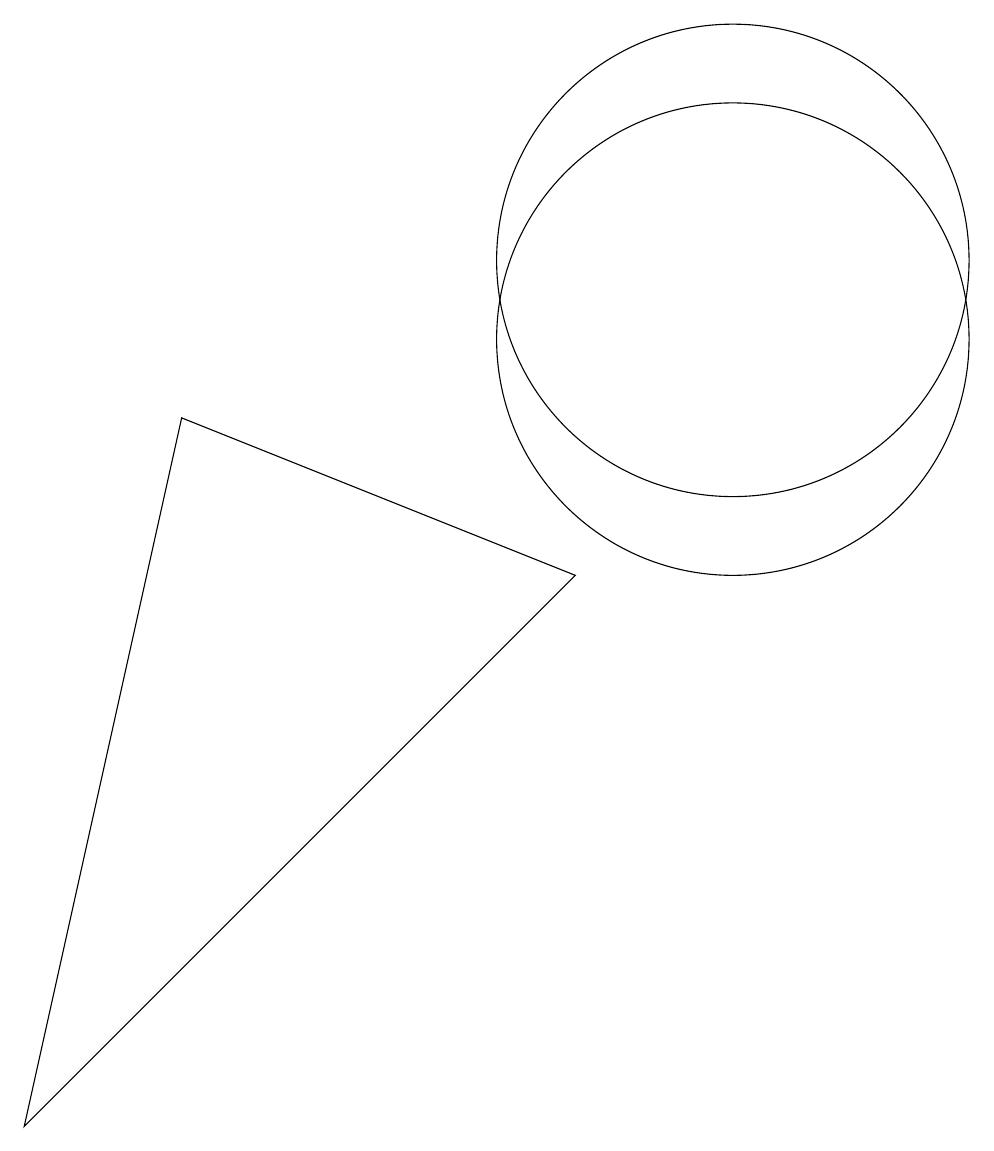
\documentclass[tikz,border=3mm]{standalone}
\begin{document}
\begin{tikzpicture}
\draw (3,9) -- (8,7) -- (1,0) -- cycle;
\draw (10,10) circle (3);
\draw (10,11) circle (3);
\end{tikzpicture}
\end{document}